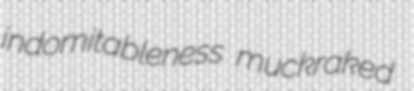
indomitableness muckraked